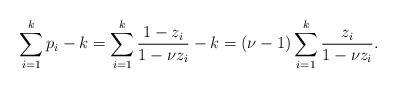
LaTeX: \begin{align*}\sum_{i=1}^{k}p_{i}-k=\sum_{i=1}^{k}\frac{1-z_{i}}{1-\nu z_{i}}-k=(\nu-1)\sum_{i=1}^{k}\frac{z_{i}}{1-\nu z_{i}}. \end{align*}